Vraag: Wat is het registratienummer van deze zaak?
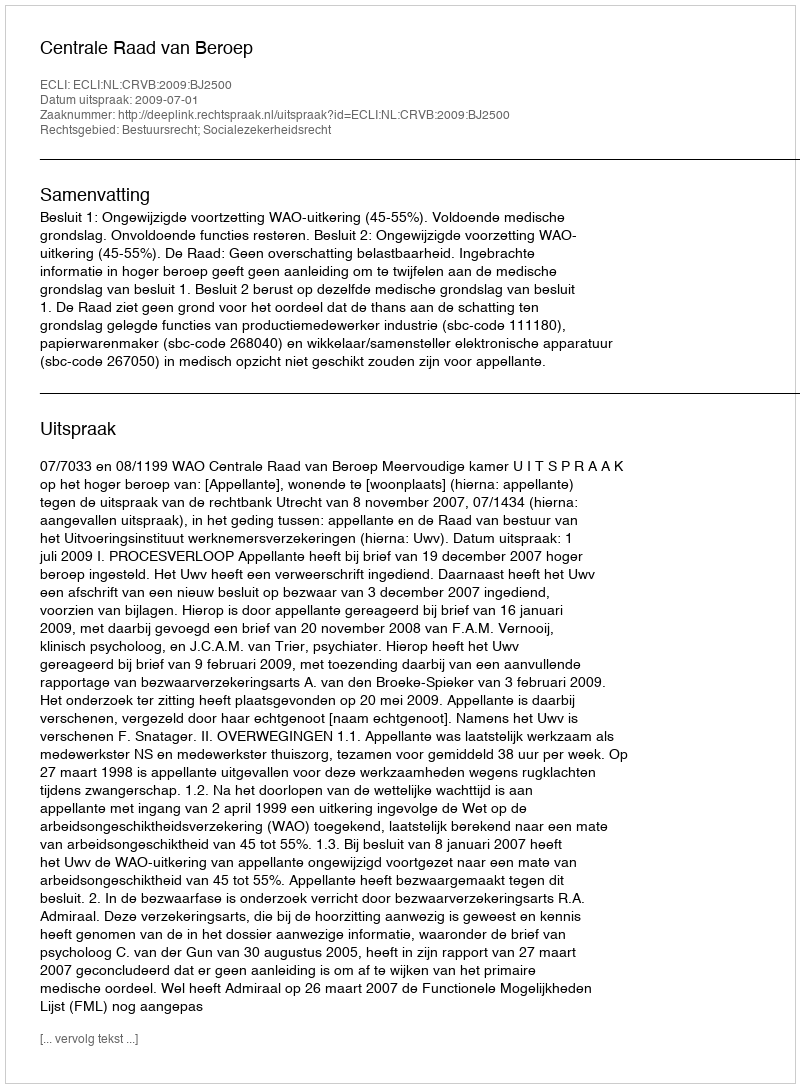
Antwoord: http://deeplink.rechtspraak.nl/uitspraak?id=ECLI:NL:CRVB:2009:BJ2500